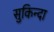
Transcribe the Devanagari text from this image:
सुकिन्दा